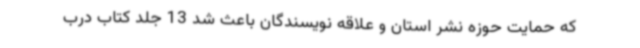
که حمایت حوزه نشر استان و علاقه نویسندگان باعث شد 13 جلد کتاب درب